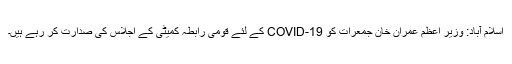
اسلام آباد: وزیر اعظم عمران خان جمعرات کو COVID-19 کے لئے قومی رابطہ کمیٹی کے اجلاس کی صدارت کر رہے ہیں۔